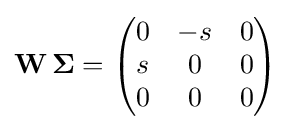
\mathbf {W} \,\mathbf {\Sigma } ={\begin{pmatrix}0&-s&0\\s&0&0\\0&0&0\end{pmatrix}}